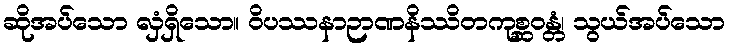
ဆိုအပ်သော လှံရှိသော။ ဝိပဿနာဉာဏနိဿိတကုစ္ဆဝန္တံ၊ သွယ်အပ်သော